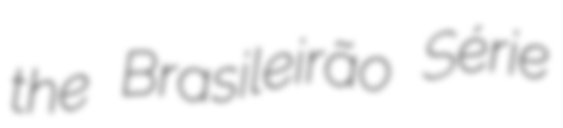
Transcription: the Brasileirão Série